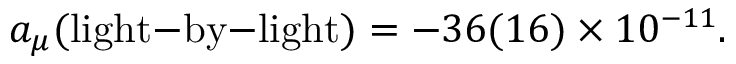
a _ { \mu } ( \mathrm { l i g h t \mathrm { - } b y \mathrm { - } l i g h t } ) = - 3 6 ( 1 6 ) \times 1 0 ^ { - 1 1 } .